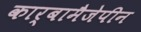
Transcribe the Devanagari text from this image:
कार्बामैजेपीन